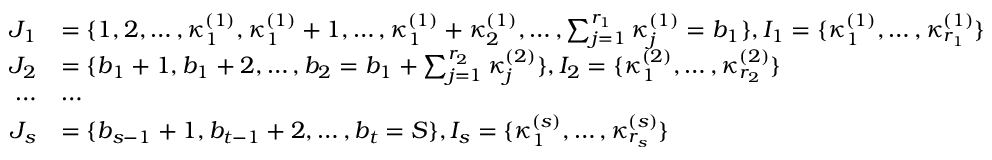
\begin{array} { r l } { J _ { 1 } } & { = \{ 1 , 2 , \ldots , \kappa _ { 1 } ^ { ( 1 ) } , \kappa _ { 1 } ^ { ( 1 ) } + 1 , \ldots , \kappa _ { 1 } ^ { ( 1 ) } + \kappa _ { 2 } ^ { ( 1 ) } , \ldots , \sum _ { j = 1 } ^ { r _ { 1 } } \kappa _ { j } ^ { ( 1 ) } = b _ { 1 } \} , I _ { 1 } = \{ \kappa _ { 1 } ^ { ( 1 ) } , \ldots , \kappa _ { r _ { 1 } } ^ { ( 1 ) } \} } \\ { J _ { 2 } } & { = \{ b _ { 1 } + 1 , b _ { 1 } + 2 , \ldots , b _ { 2 } = b _ { 1 } + \sum _ { j = 1 } ^ { r _ { 2 } } \kappa _ { j } ^ { ( 2 ) } \} , I _ { 2 } = \{ \kappa _ { 1 } ^ { ( 2 ) } , \ldots , \kappa _ { r _ { 2 } } ^ { ( 2 ) } \} } \\ { \cdots } & { \cdots } \\ { J _ { s } } & { = \{ b _ { s - 1 } + 1 , b _ { t - 1 } + 2 , \ldots , b _ { t } = S \} , I _ { s } = \{ \kappa _ { 1 } ^ { ( s ) } , \ldots , \kappa _ { r _ { s } } ^ { ( s ) } \} } \end{array}